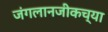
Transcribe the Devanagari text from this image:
जंगलानजीकच्या